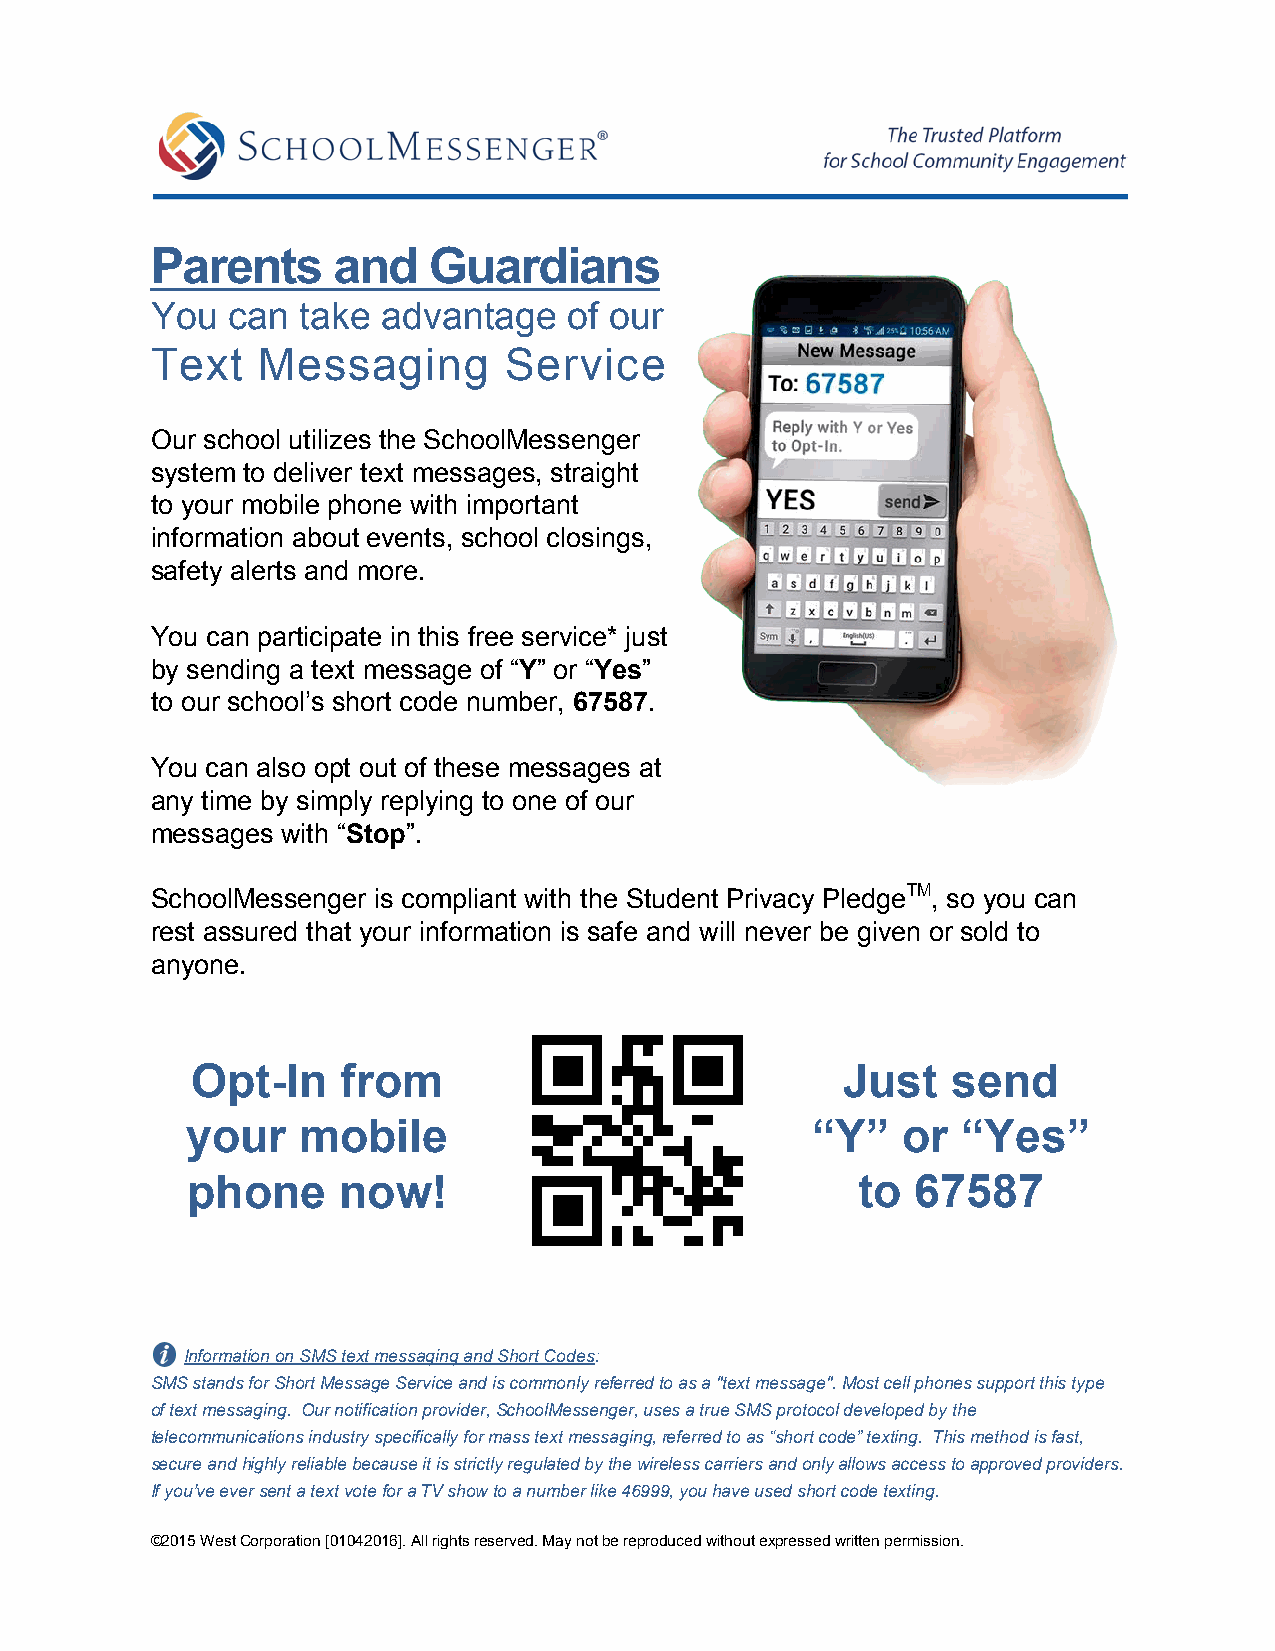
Parents     and   Guardians
 You  can  take advantage    of our
 Text   Messaging       Service
 Our school utilizes the SchoolMessenger
 system to deliver text messages, straight
 to your mobile phone with important
 information about events, school closings,
 safety alerts and more.
 You can participate in this free service* just
 by sending a text message of “Y” or “Yes”
 to our school’s short code number, 67587.
 You can also opt out of these messages at
 any time by simply replying to one of our
 messages with “Stop”.
 SchoolMessenger is compliant with the Student Privacy PledgeTM, so you can
 rest assured that your information is safe and will never be given or sold to
 anyone.
 Opt-In    from                             Just   send
 your    mobile                            “Y”   or  “Yes”
 phone     now!                               to  67587
 Information on SMS text messaging and Short Codes:
 SMS stands for Short Message Service and is commonly referred to as a "text message". Most cell phones support this type
 of text messaging. Our notification provider, SchoolMessenger, uses a true SMS protocol developed by the
 telecommunications industry specifically for mass text messaging, referred to as “short code” texting. This method is fast,
 secure and highly reliable because it is strictly regulated by the wireless carriers and only allows access to approved providers.
 If you’ve ever sent a text vote for a TV show to a number like 46999, you have used short code texting.
 ©2015 West Corporation [01042016]. All rights reserved. May not be reproduced without expressed written permission.